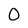
Character: 0